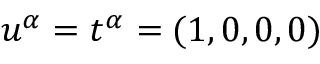
u ^ { \alpha } = t ^ { \alpha } = ( 1 , 0 , 0 , 0 )